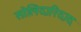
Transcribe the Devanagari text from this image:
सोलिदारिदाद